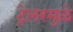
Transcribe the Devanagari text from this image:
ट्रेलरमुळे